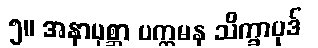
၅။ အနာပုစ္ဆာ ပက္ကမန သိက္ခာပုဒ်